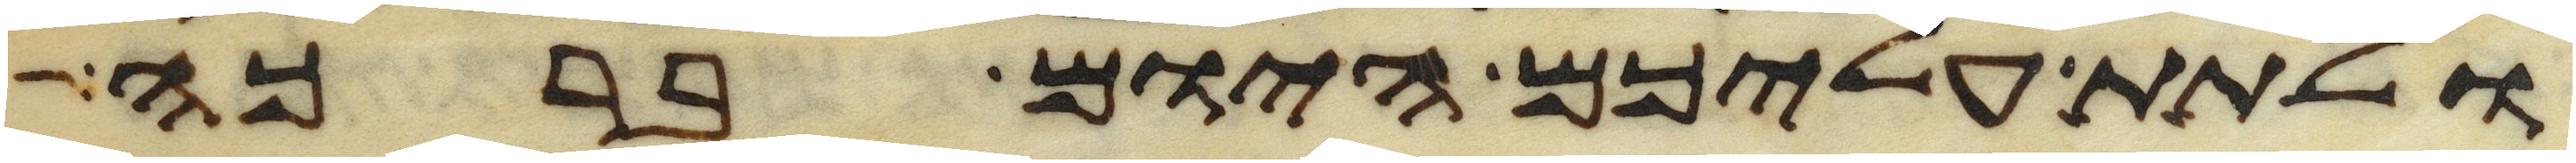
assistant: ולתת עליכם היום ברכה